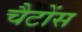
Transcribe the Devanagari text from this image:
चैटोंस